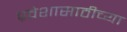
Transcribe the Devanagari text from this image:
प्रवेशासाठीच्या